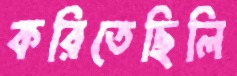
করিতেছিলি